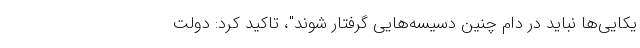
یکایی‌ها نباید در دام چنین دسیسه‌هایی گرفتار شوند"، تاکید کرد: دولت